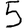
Digit: 5